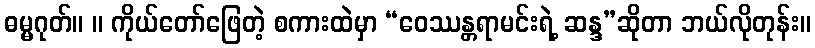
ဓမ္မဂုတ်။ ။ ကိုယ်တော်ဖြေတဲ့ စကားထဲမှာ “ဝေဿန္တရာမင်းရဲ့ ဆန္ဒ”ဆိုတာ ဘယ်လိုတုန်း။